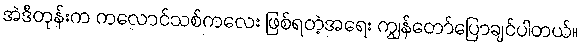
အဲဒီတုန်းက ကလောင်သစ်ကလေး ဖြစ်ရတဲ့အရေး ကျွန်တော်ပြောချင်ပါတယ်။